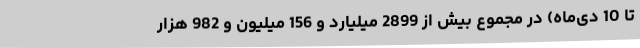
تا 10 دی‌ماه) در مجموع بیش از 2899 میلیارد و 156 میلیون و 982 هزار